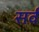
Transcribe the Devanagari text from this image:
सर्व